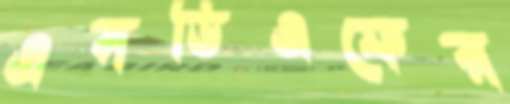
এসডিএফের